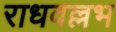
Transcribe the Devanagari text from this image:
राधवल्लभ